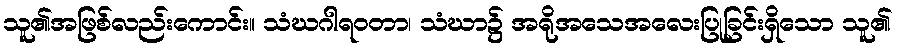
သူ၏အဖြစ်လည်းကောင်း။ သံဃဂါရဝတာ၊ သံဃာ၌ အရိုအသေအလေးပြုခြင်းရှိသော သူ၏